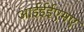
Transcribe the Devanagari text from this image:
आईईईएमए